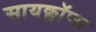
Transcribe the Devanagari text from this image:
सायक्लॉप्स